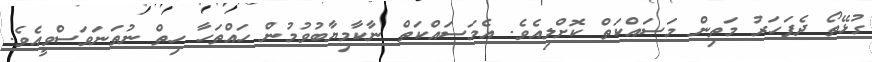
ގުޅޭތޯ ދެފަހަރު މަތިން މަސައްކަތް ކޮށްލިއެވެ. އެމަސައްކަތް ނާކާމިޔާބުވުމުން ހައްތަހާ ހިތް ނުތަނަވަސްވީއެވެ.